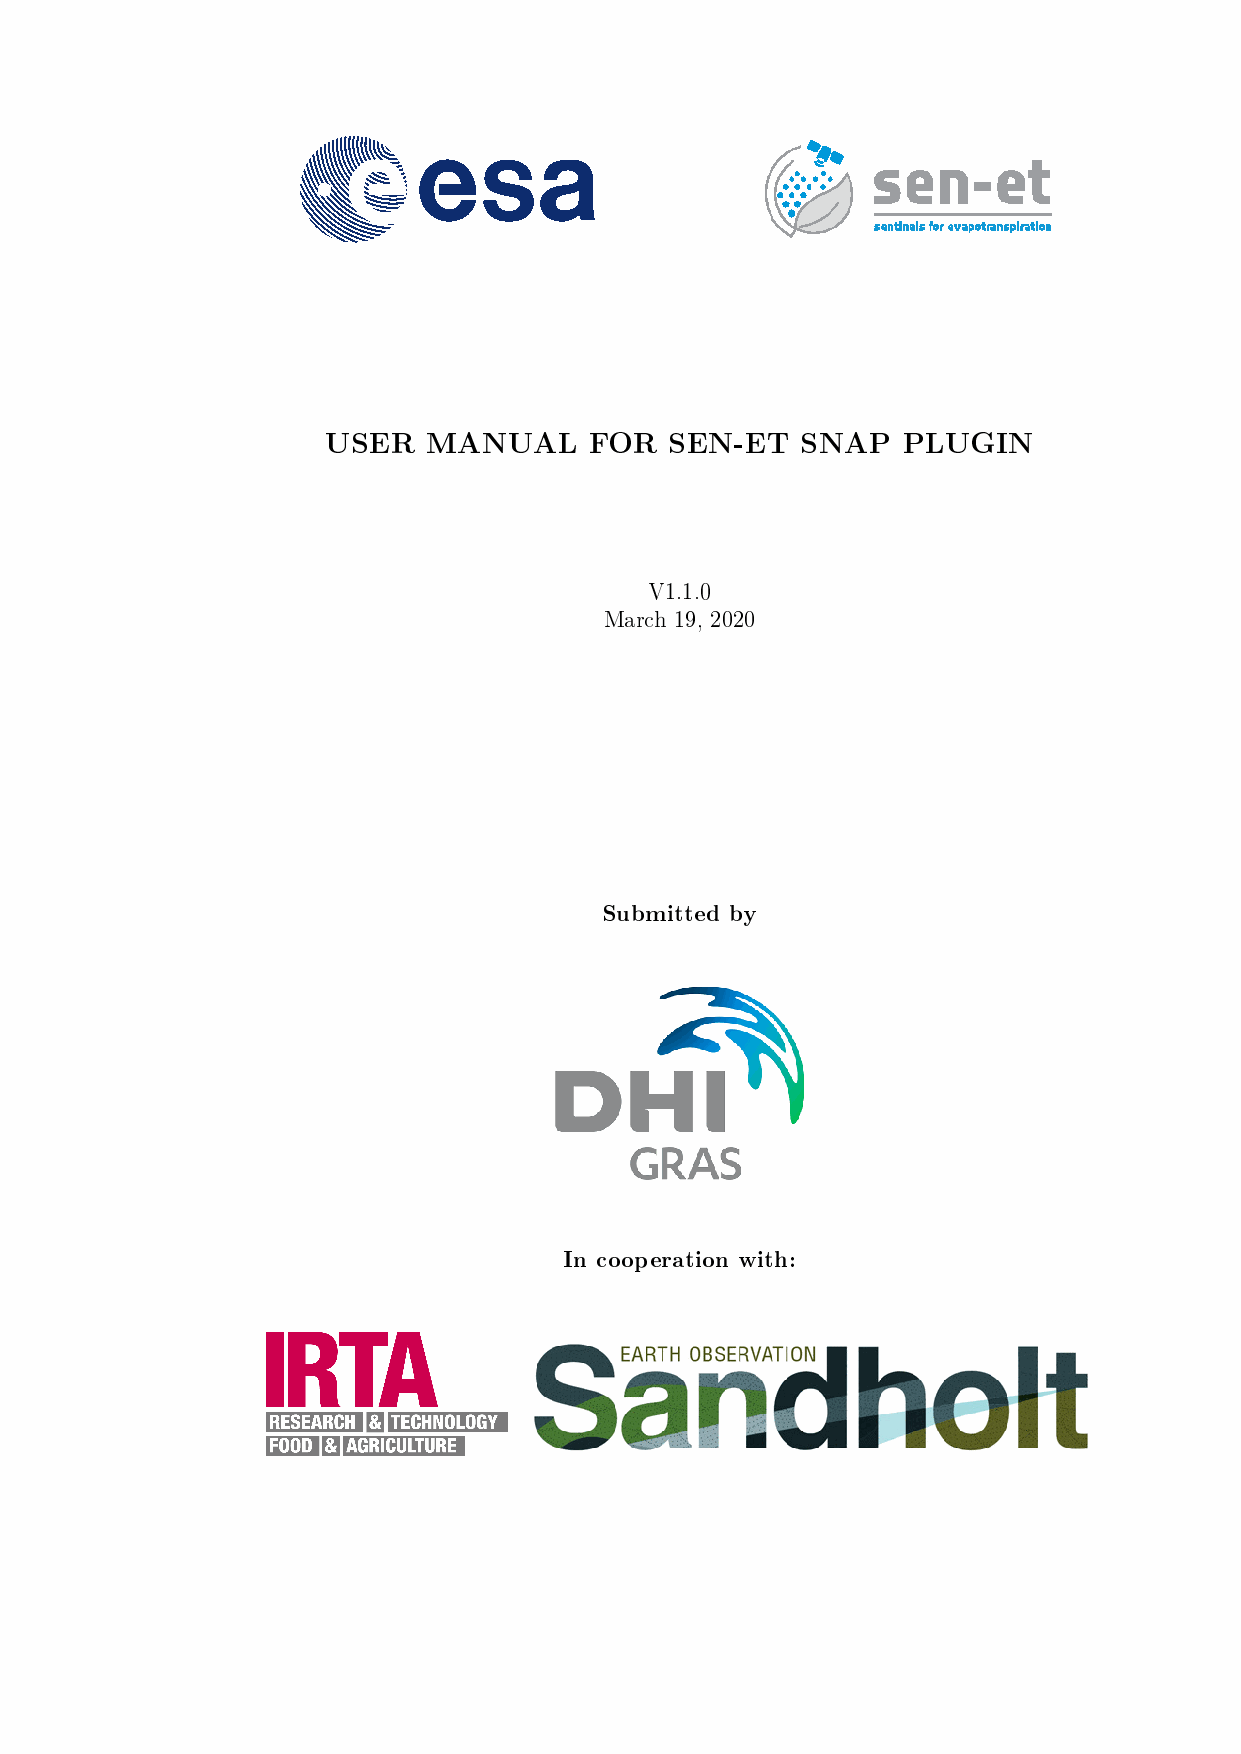
USER  MANUAL     FOR  SEN-ET   SNAP   PLUGIN
 V1.1.0
 March 19, 2020
 Submitted by
 In cooperation with: